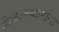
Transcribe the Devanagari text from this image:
विकासकामांना